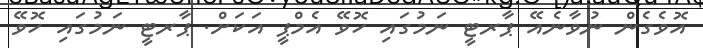
އޮވެގެން ނުވާނެއޭ ޕާރޓީ ނަމުގައި ހޮވޭ އެމްޕީ އަކަށް. ޕާރޓީ ނަމުގައި ހޮވޭ